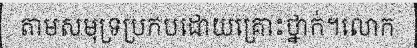
តាមសមុទ្រប្រកបដោយគ្រោះថ្នាក់។លោក